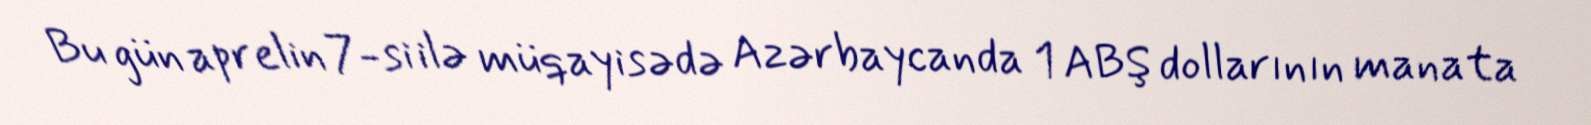
Bu gün aprelin 7-si ilə müqayisədə Azərbaycanda 1 ABŞ dollarının manata